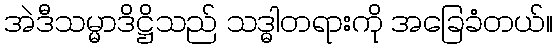
အဲဒီသမ္မာဒိဋ္ဌိသည် သဒ္ဓါတရားကို အခြေခံတယ်။